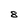
Character: 8